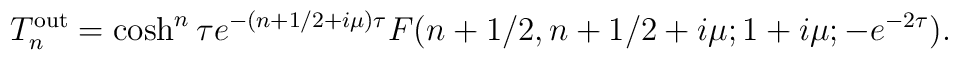
T_n ^{\mathrm{{out}}} =  \cosh ^n \tau e^{-(n+1/2 + i \mu) \tau} F(n+1/2, n+1/2+i \mu; 1+i\mu ; - e^{-2 \tau} ) .